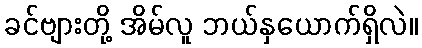
ခင်ဗျားတို့ အိမ်လူ ဘယ်နှယောက်ရှိလဲ။